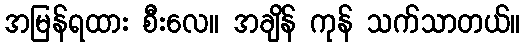
အမြန်ရထား စီးလေ။ အချိန် ကုန် သက်သာတယ်။